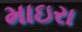
માઇરા